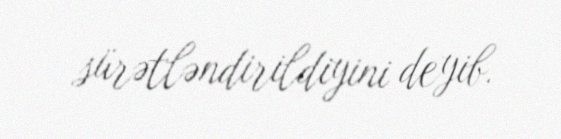
sürətləndirildiyini deyib.